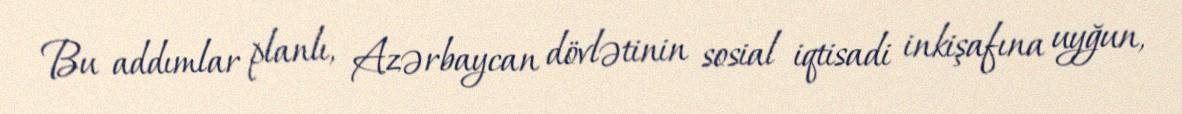
Bu addımlar planlı, Azərbaycan dövlətinin sosial iqtisadi inkişafına uyğun,